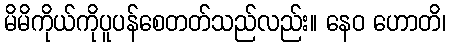
မိမိကိုယ်ကိုပူပန်စေတတ်သည်လည်း။ နေဝ ဟောတိ၊